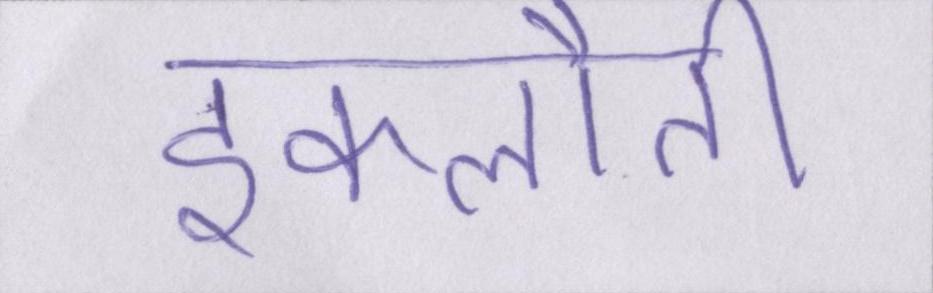
इकलौती